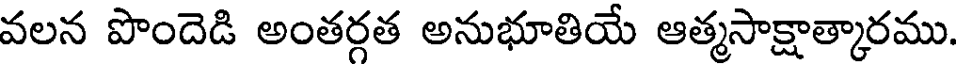
వలన పొందెడి అంతర్గత అనుభూతియే ఆత్మసాక్షాత్కారము.